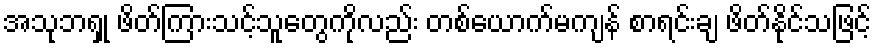
အသုဘရှု ဖိတ်ကြားသင့်သူတွေကိုလည်း တစ်ယောက်မကျန် စာရင်းချ ဖိတ်နိုင်သဖြင့်